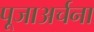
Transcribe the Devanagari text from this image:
पूजाअर्चना